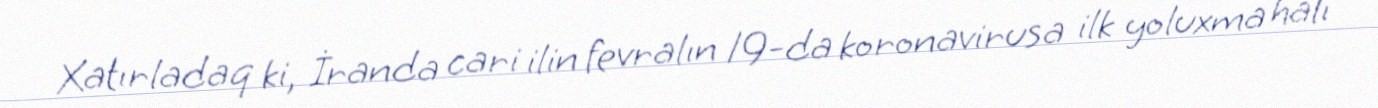
Xatırladaq ki, İranda cari ilin fevralın 19-da koronavirusa ilk yoluxma halı